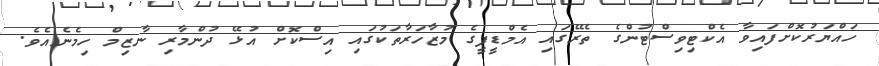
ހައްޔަރުކޮށްފައިވާ އެކްޓިވިސްޓުންގެ ތެރޭގައި އެމްޑީޕީގެ މުޒާހަރާތަކުގައި އިސްކޮށް އުޅޭ ދުންމާރި ނާޒިމް ހިމެނެއެވެ.